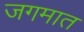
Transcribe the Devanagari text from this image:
जगमात